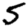
Digit: 5